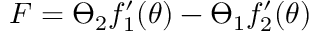
F = \varTheta _ { 2 } f _ { 1 } ^ { \prime } ( \theta ) - \varTheta _ { 1 } f _ { 2 } ^ { \prime } ( \theta )